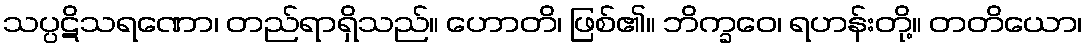
သပ္ပဋိသရဏော၊ တည်ရာရှိသည်။ ဟောတိ၊ ဖြစ်၏။ ဘိက္ခဝေ၊ ရဟန်းတို့။ တတိယော၊